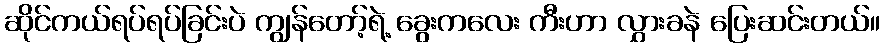
ဆိုင်ကယ်ရပ်ရပ်ခြင်းပဲ ကျွန်တော့်ရဲ့ ခွေးကလေး ကီးဟာ လွှားခနဲ ပြေးဆင်းတယ်။